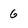
Character: 6